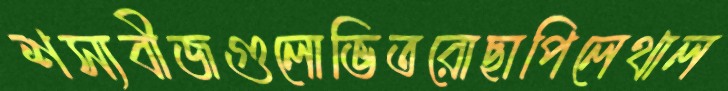
শস্যবীজগুলোভিতরোছাপিলেথাল